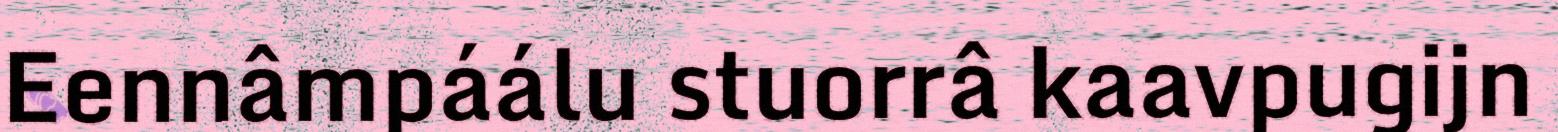
Eennâmpáálu stuorrâ kaavpugijn